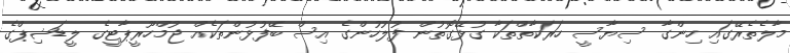
މާލެތެރޭގައި ހިންގާ ސިޔާސީ ހަރަކާތްތަކާ ގުޅޭގޮތުން ފުލުހުންގެ އިސް ބޭފުޅުންތަކެއް ޖުމްހޫރީޕާޓީގެ ލީޑަޝިޕްގެ